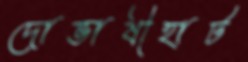
দোভাষীহাট